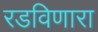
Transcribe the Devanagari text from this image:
रडविणारा